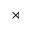
\rtimes